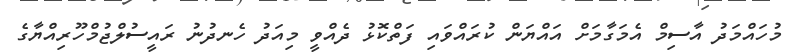
މުހައްމަދު އާސިމް އެމަގާމަށް އައްޔަން ކުރައްވައި ފަތްކޮޅު ދެއްވީ މިއަދު ހެނދުނު ރައީސުލްޖުމްހޫރިއްޔާގެ